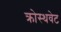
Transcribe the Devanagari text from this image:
क्रोस्थवेट